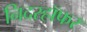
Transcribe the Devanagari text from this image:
निदरहॉफर